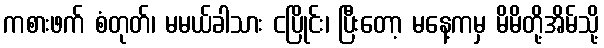
ကစားဖက် စံတုတ်၊ မမယ်ခါသား ငပြိုင်း၊ ပြီးတော့ မနေ့ကမှ မိမိတို့အိမ်သို့